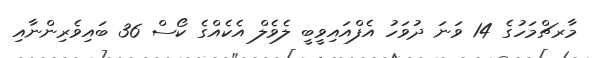
މާރޗްމަހުގެ 14 ވަނަ ދުވަހު އެފްއައިވީބީ ލެވެލް އެކެއްގެ ކޯސް 36 ބައިވެރިންނާއި